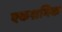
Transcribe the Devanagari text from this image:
एकश्रमिक